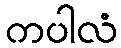
ကပါလံ